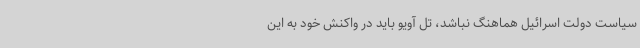
سیاست دولت اسرائیل هماهنگ نباشد، تل آویو باید در واکنش خود به این